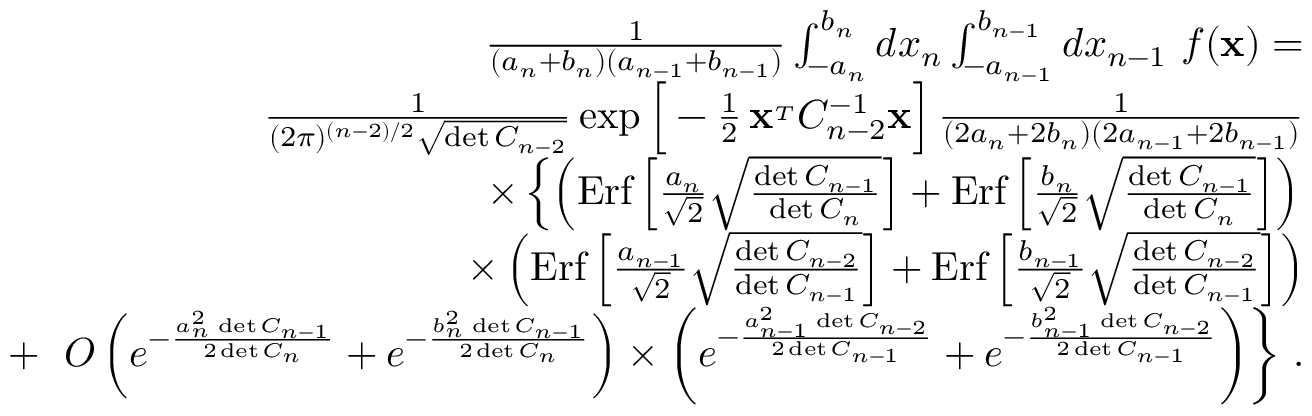
\begin{array} { r l r } & { } & { { \frac { 1 } { ( a _ { n } + b _ { n } ) ( a _ { n - 1 } + b _ { n - 1 } ) } } \int _ { - a _ { n } } ^ { b _ { n } } d x _ { n } \int _ { - a _ { n - 1 } } ^ { b _ { n - 1 } } d x _ { n - 1 } \ f ( { \bf x } ) = } \\ & { } & { { \frac { 1 } { ( 2 \pi ) ^ { ( n - 2 ) / 2 } \sqrt { \operatorname* { d e t } C _ { n - 2 } } } } \exp \Big [ - { \frac { 1 } { 2 } } \, { \bf x } ^ { _ T } C _ { n - 2 } ^ { - 1 } { \bf x } \Big ] \, { \frac { 1 } { ( 2 a _ { n } + 2 b _ { n } ) ( 2 a _ { n - 1 } + 2 b _ { n - 1 } ) } } } \\ & { } & { \times \left\{ \left( \mathrm { E r f } \left[ { \frac { a _ { n } } { \sqrt 2 } } \sqrt { \frac { \operatorname* { d e t } C _ { n - 1 } } { \operatorname* { d e t } C _ { n } } } \right] + \mathrm { E r f } \left[ { \frac { b _ { n } } { \sqrt 2 } } \sqrt { \frac { \operatorname* { d e t } C _ { n - 1 } } { \operatorname* { d e t } C _ { n } } } \right] \right) \right. } \\ & { } & { \times \left( \mathrm { E r f } \left[ { \frac { a _ { n - 1 } } { \sqrt 2 } } \sqrt { \frac { \operatorname* { d e t } C _ { n - 2 } } { \operatorname* { d e t } C _ { n - 1 } } } \right] + \mathrm { E r f } \left[ { \frac { b _ { n - 1 } } { \sqrt 2 } } \sqrt { \frac { \operatorname* { d e t } C _ { n - 2 } } { \operatorname* { d e t } C _ { n - 1 } } } \right] \right) } \\ & { } & { + \ \left. { \cal O } \left( e ^ { - { \frac { a _ { n } ^ { 2 } \, \operatorname* { d e t } C _ { n - 1 } } { 2 \operatorname* { d e t } C _ { n } } } } + e ^ { - { \frac { b _ { n } ^ { 2 } \, \operatorname* { d e t } C _ { n - 1 } } { 2 \operatorname* { d e t } C _ { n } } } } \right) \times \left( e ^ { - { \frac { a _ { n - 1 } ^ { 2 } \, \operatorname* { d e t } C _ { n - 2 } } { 2 \operatorname* { d e t } C _ { n - 1 } } } } + e ^ { - { \frac { b _ { n - 1 } ^ { 2 } \, \operatorname* { d e t } C _ { n - 2 } } { 2 \operatorname* { d e t } C _ { n - 1 } } } } \right) \right\} \, . } \end{array}